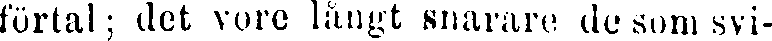
förtal; det vore långt snarare de som svi-